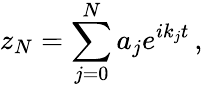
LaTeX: z_{N}=\sum_{j=0}^{N}a_{j}e^{ik_{j}t}\, ,